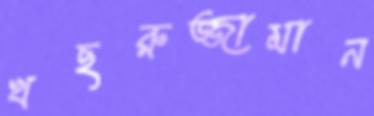
খছরুজ্জামান